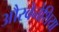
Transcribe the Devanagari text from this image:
औरवेनेशिया